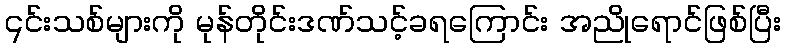
၎င်းသစ်များကို မုန်တိုင်းဒဏ်သင့်ခရကြောင်း အညိုရောင်ဖြစ်ပြီး